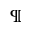
^ \mathparagraph